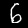
Label: 6